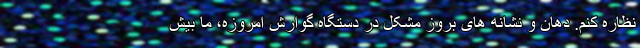
نظاره کنم. دهان و نشانه های بروز مشکل در دستگاه گوارش امروزه، ما بیش